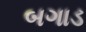
બગાડ